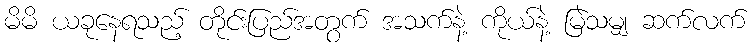
မိမိ ယခုနေရသည့် တိုင်းပြည်အတွက် အသက်နဲ့ ကိုယ်နဲ့ မြဲသမျှ ဆက်လက်